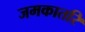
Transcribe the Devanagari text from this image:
जमकातरि